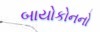
બાયોકોનનો